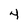
Character: 4